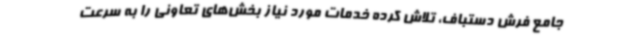
جامع فرش دستباف، تلاش کرده خدمات مورد نیاز بخش‌های تعاونی را به سرعت